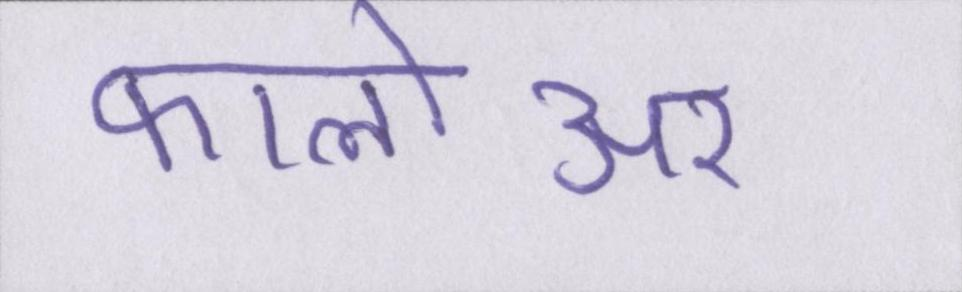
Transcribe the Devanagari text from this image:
फालोअर